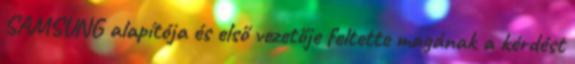
SAMSUNG alapítója és első vezetője feltette magának a kérdést